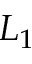
L _ { 1 }